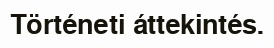
Történeti áttekintés.